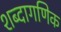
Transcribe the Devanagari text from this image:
शब्दागणिक